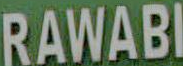
RAWABI